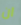
ان